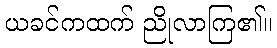
ယခင်ကထက် ညိုလာကြ၏။